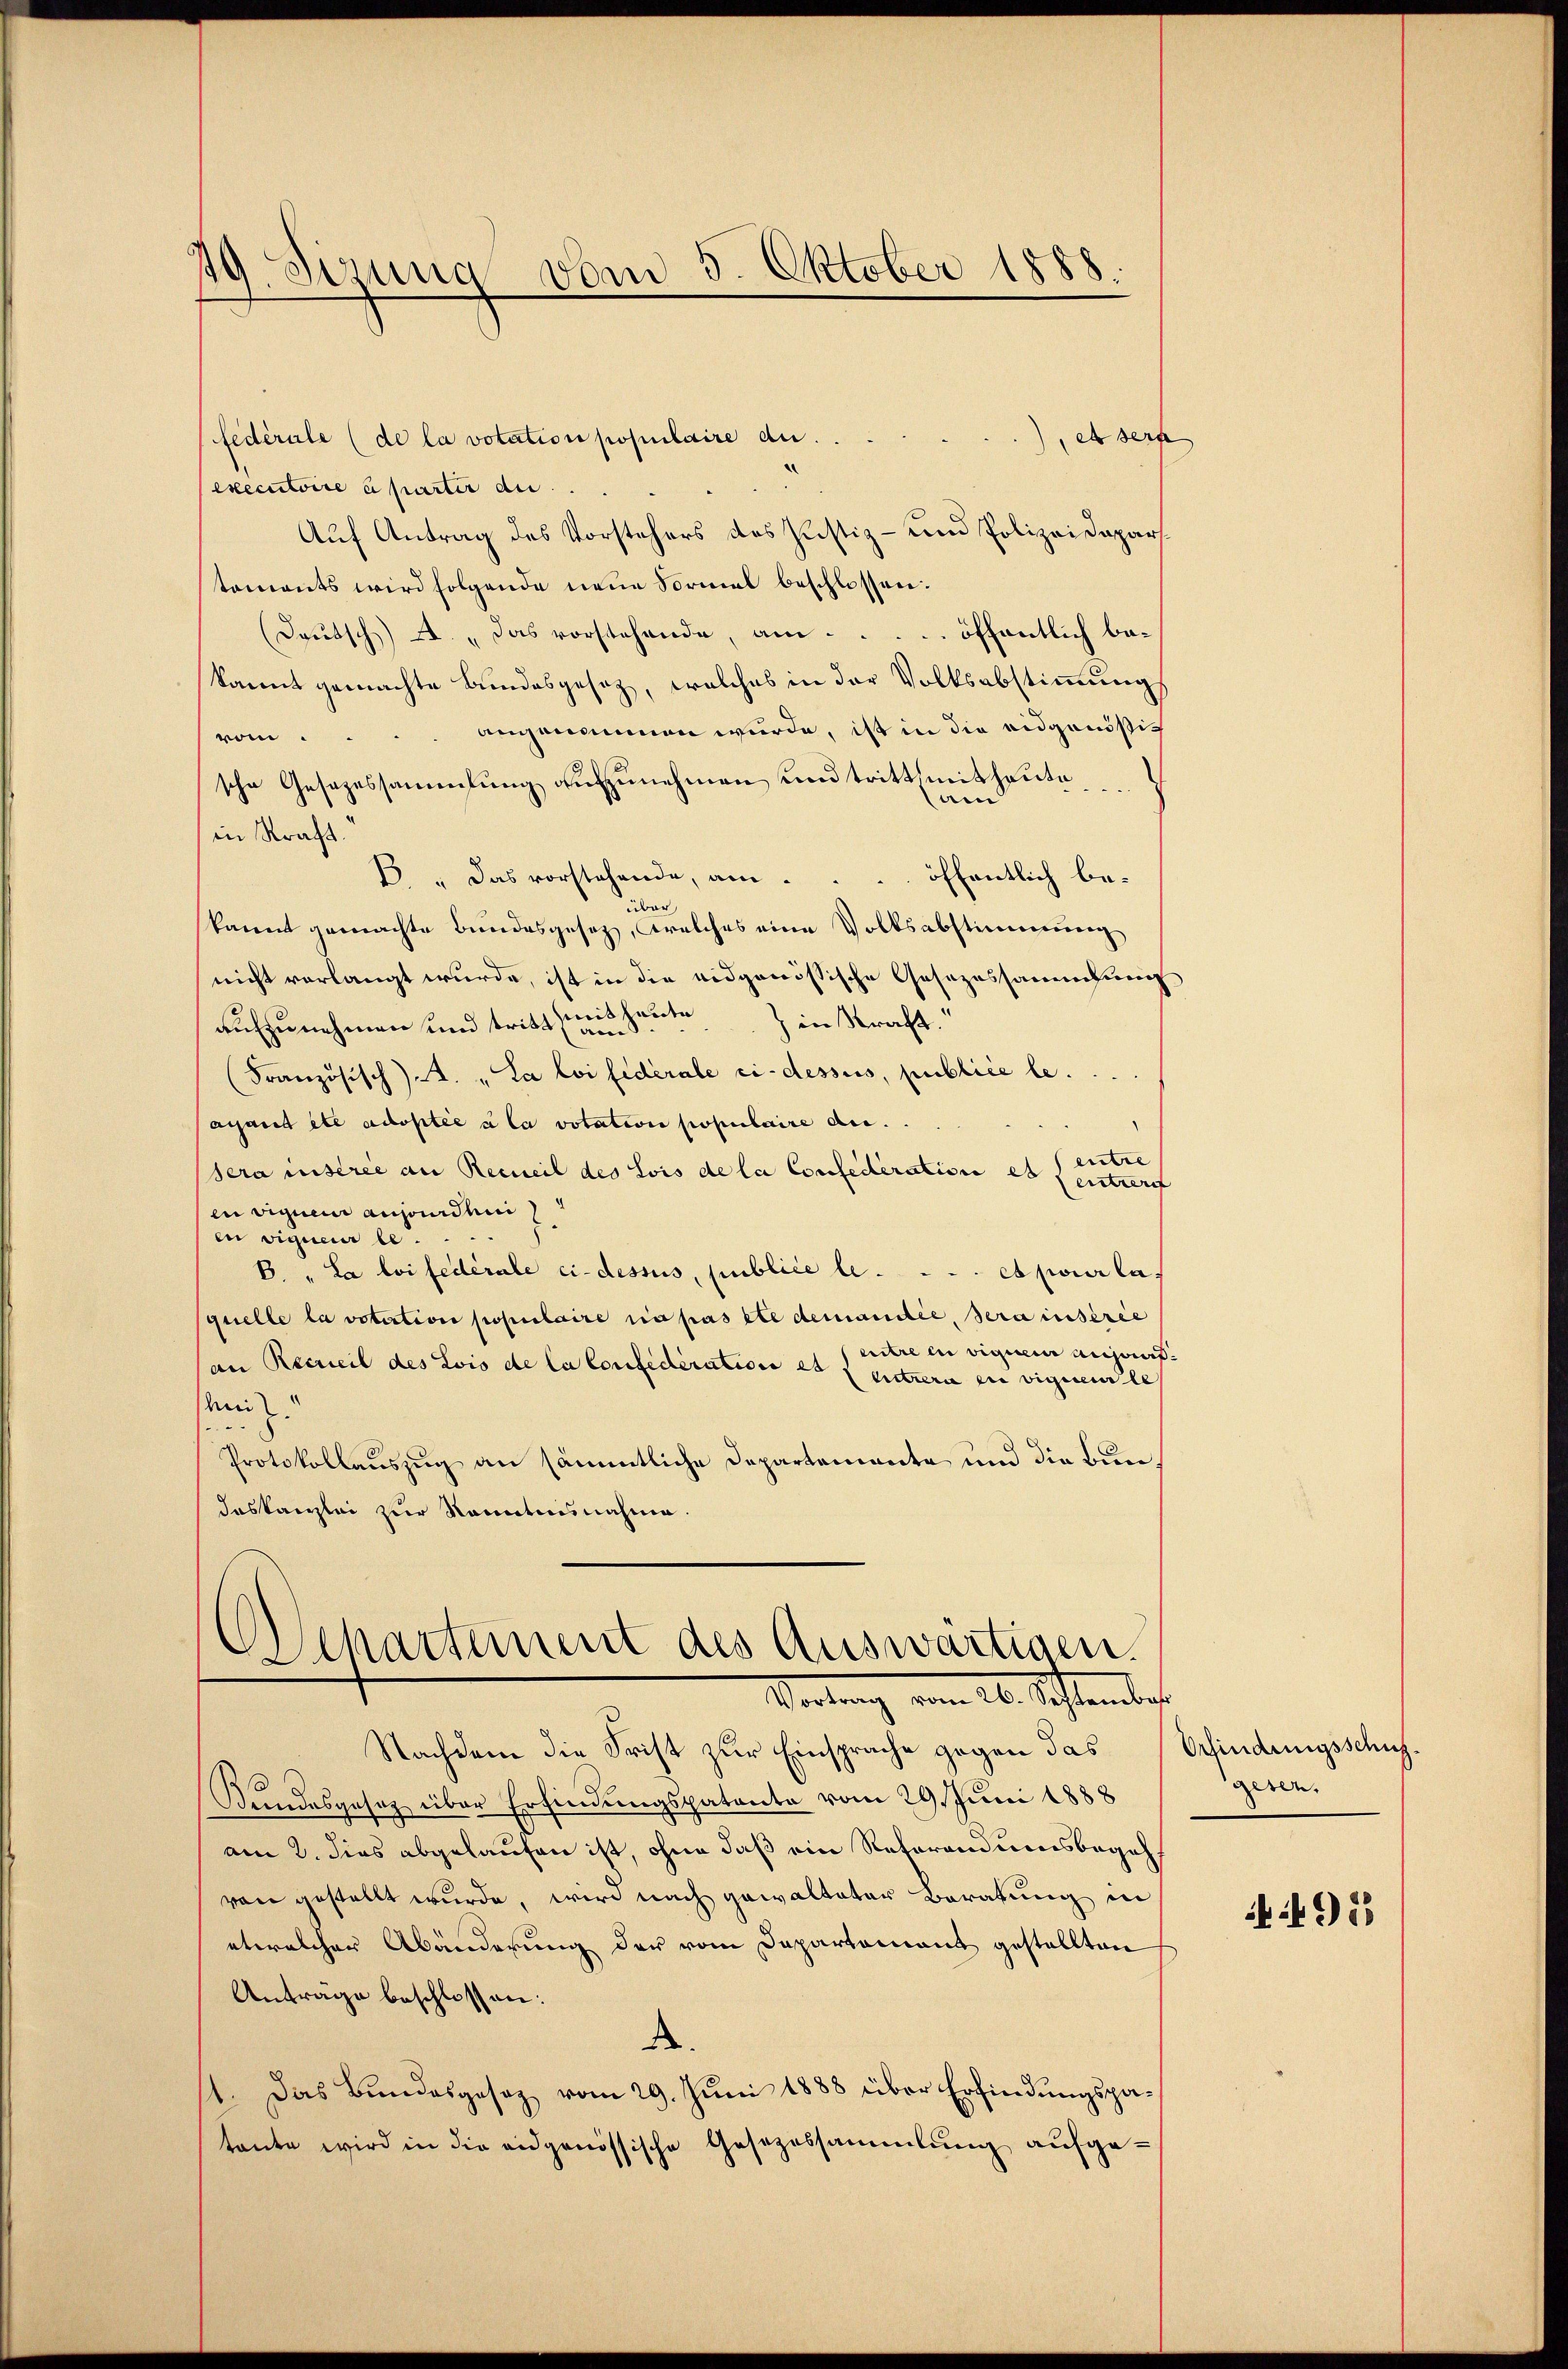
ds
19. Sizung
vom 5. Oktober 1888.

fédérale (de la votation populaire du
et sera
executoire à partir au.
Auf Antrag des Vorstehers des Justiz- und Polizeidepartements wird folgende neue Formal beschlossen:
(Daŭtsch) A. "das vorstehende, am ... öffentlich bekannt gemachte Bundesgesetz, welches in der Volksabstimmung
 angenommen wurde, ist in die eidgenößivom.
sche Gesezessammlung aufzunehmen und tritt mit heute
aen
in Kraft.
B. " Das vorstehende, am ... öffentlich beüber,
kannt gemachte Bundesgesetz, welches eine Volksabstimmung
nicht verlangt wurde, ist in die eidgenössische Gesezessammlung
aufzunehmen und tritt (mit heute in Kraft.
(Französisch) A. „La loi fédérale ci-dessus, publice le ....
ayant etc adoptée à la votation populaire di
entre
sera insérée an Recueil des Lois de la Confederation es entwerf
en vignen anorden
g
en vigueur le
B. „La loi fédérale ci-dessus, publice le . . . . et pour la
squelle la votation populaire sa pas ête demandée, serainsérie
entre in viguem anseat.
an Recrieil des Lois de la Confederation et f
uitrera en viguente
i
Protokollauszug an sämmtliche Departemente und die Bundaskanzlei zur Kenntnisnahme.
Departement des Auswärtigen.

Vortrag vom 26. September

Nachdem die Frist zur Einsprache gegen das Erfindungsschuh¬
Kundesgesez über Erfindungspatente vom 29. Juni 1888
am 2. dies abgelaufen ist, ohne daß ein Referandumsbegehvon gestellt wurde, wird nach gewalteter Beratung in
etwelcher Abänderung der vom Departement gestellten
Anträge beschlossen:
.
11. Das Bundesgesez vom 29. Juni 1888 über Erfindungspatante wird in die eidgenössische Gesezessammlung aŭfge-

geren.

955